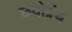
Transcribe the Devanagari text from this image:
छंदोग्रंथ